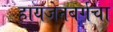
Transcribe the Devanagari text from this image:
हायजेनबर्गचा